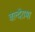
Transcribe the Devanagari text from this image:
वल्देरामा